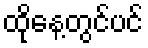
ထိုနေ့တွင်ပင်